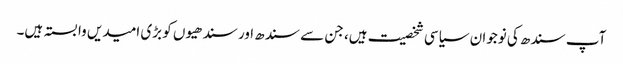
آپ سندھ کی نوجوان سیاسی شخصیت ہیں، جن سے سندھ اور سندھیوں کو بڑی امیدیں وابستہ ہیں۔